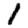
Digit: 1